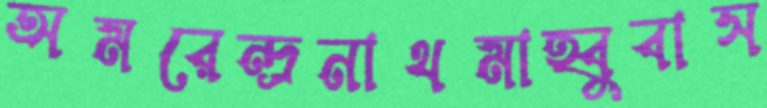
অমরেন্দ্রনাথমাহ্বুবাস